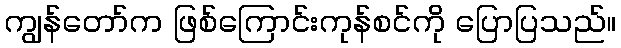
ကျွန်တော်က ဖြစ်ကြောင်းကုန်စင်ကို ပြောပြသည်။